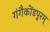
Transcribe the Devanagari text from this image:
गंगैकोंडपुरम्